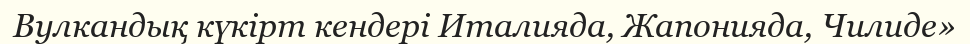
Вулкандық күкірт кендері Италияда, Жапонияда, Чилиде»